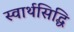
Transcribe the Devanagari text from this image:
स्वार्थसिद्धि